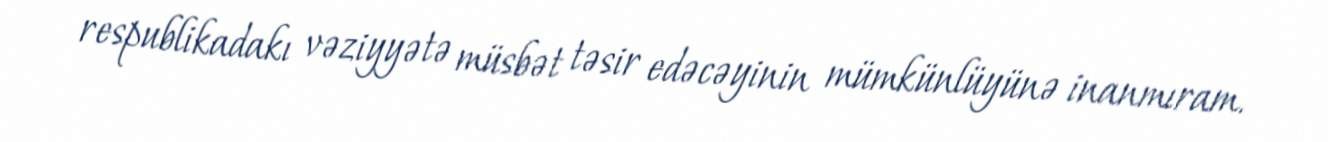
respublikadakı vəziyyətə müsbət təsir edəcəyinin mümkünlüyünə inanmıram.